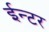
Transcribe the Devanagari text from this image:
ईन्टर